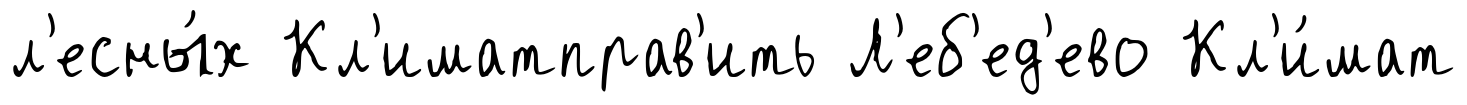
л'есны́х Кл'иматправ'ить Л'еб'ед'ево Кл'и́мат